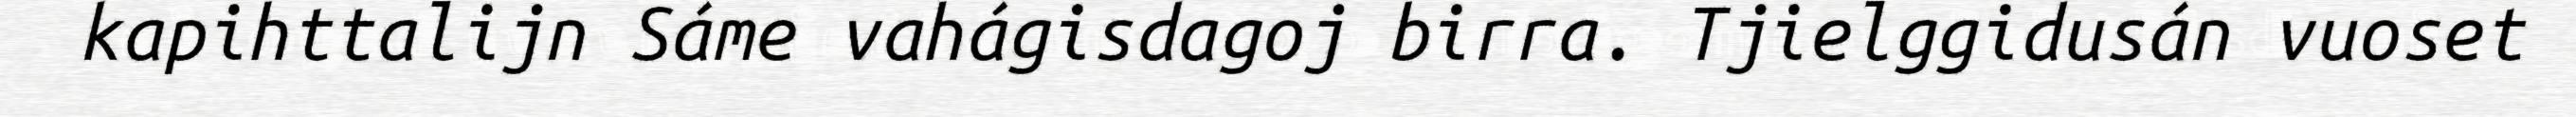
kapihttalijn Sáme vahágisdagoj birra. Tjielggidusán vuoset